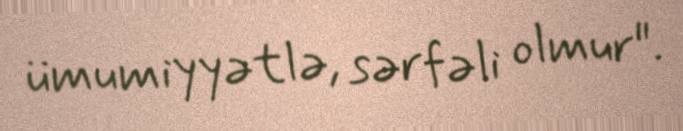
ümumiyyətlə, sərfəli olmur".